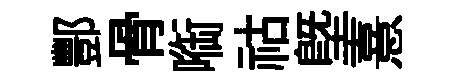
酆骨㗸祜塈憙